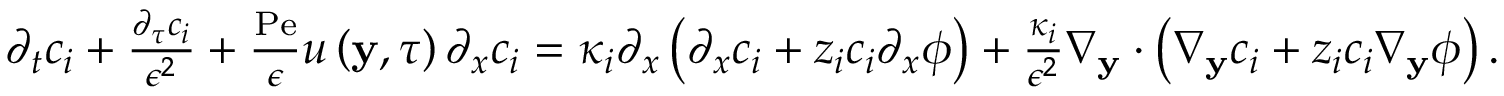
\begin{array} { r l } & { \partial _ { t } c _ { i } + \frac { \partial _ { \tau } c _ { i } } { \epsilon ^ { 2 } } + \frac { \mathrm { P e } } { \epsilon } u \left( \mathbf { y } , \tau \right) \partial _ { x } c _ { i } = \kappa _ { i } \partial _ { x } \left( \partial _ { x } c _ { i } + z _ { i } c _ { i } \partial _ { x } \phi \right) + \frac { \kappa _ { i } } { \epsilon ^ { 2 } } \nabla _ { \mathbf { y } } \cdot \left( \nabla _ { \mathbf { y } } c _ { i } + z _ { i } c _ { i } \nabla _ { \mathbf { y } } \phi \right) . } \end{array}